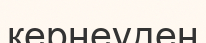
кернеуден